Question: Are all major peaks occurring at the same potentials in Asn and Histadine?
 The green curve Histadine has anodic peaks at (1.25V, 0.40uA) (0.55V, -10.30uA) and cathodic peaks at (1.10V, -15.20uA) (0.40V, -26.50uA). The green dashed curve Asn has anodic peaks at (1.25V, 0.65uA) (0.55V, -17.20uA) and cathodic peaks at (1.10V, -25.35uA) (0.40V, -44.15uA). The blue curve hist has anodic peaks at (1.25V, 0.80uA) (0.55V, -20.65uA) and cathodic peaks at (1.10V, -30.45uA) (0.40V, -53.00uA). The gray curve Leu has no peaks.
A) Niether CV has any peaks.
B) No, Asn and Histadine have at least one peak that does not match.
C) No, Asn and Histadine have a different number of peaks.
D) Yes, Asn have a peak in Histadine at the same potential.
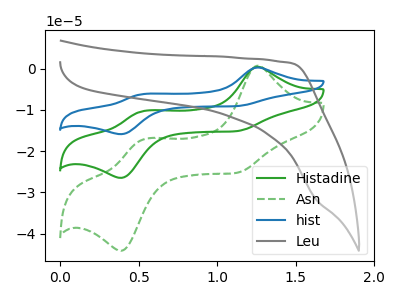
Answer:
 <answer>D) Yes, "Asn" have a peak in "Histadine" at the same potential.</answer>
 <eval>D</eval>